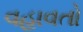
વહાવતો